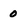
Character: 0